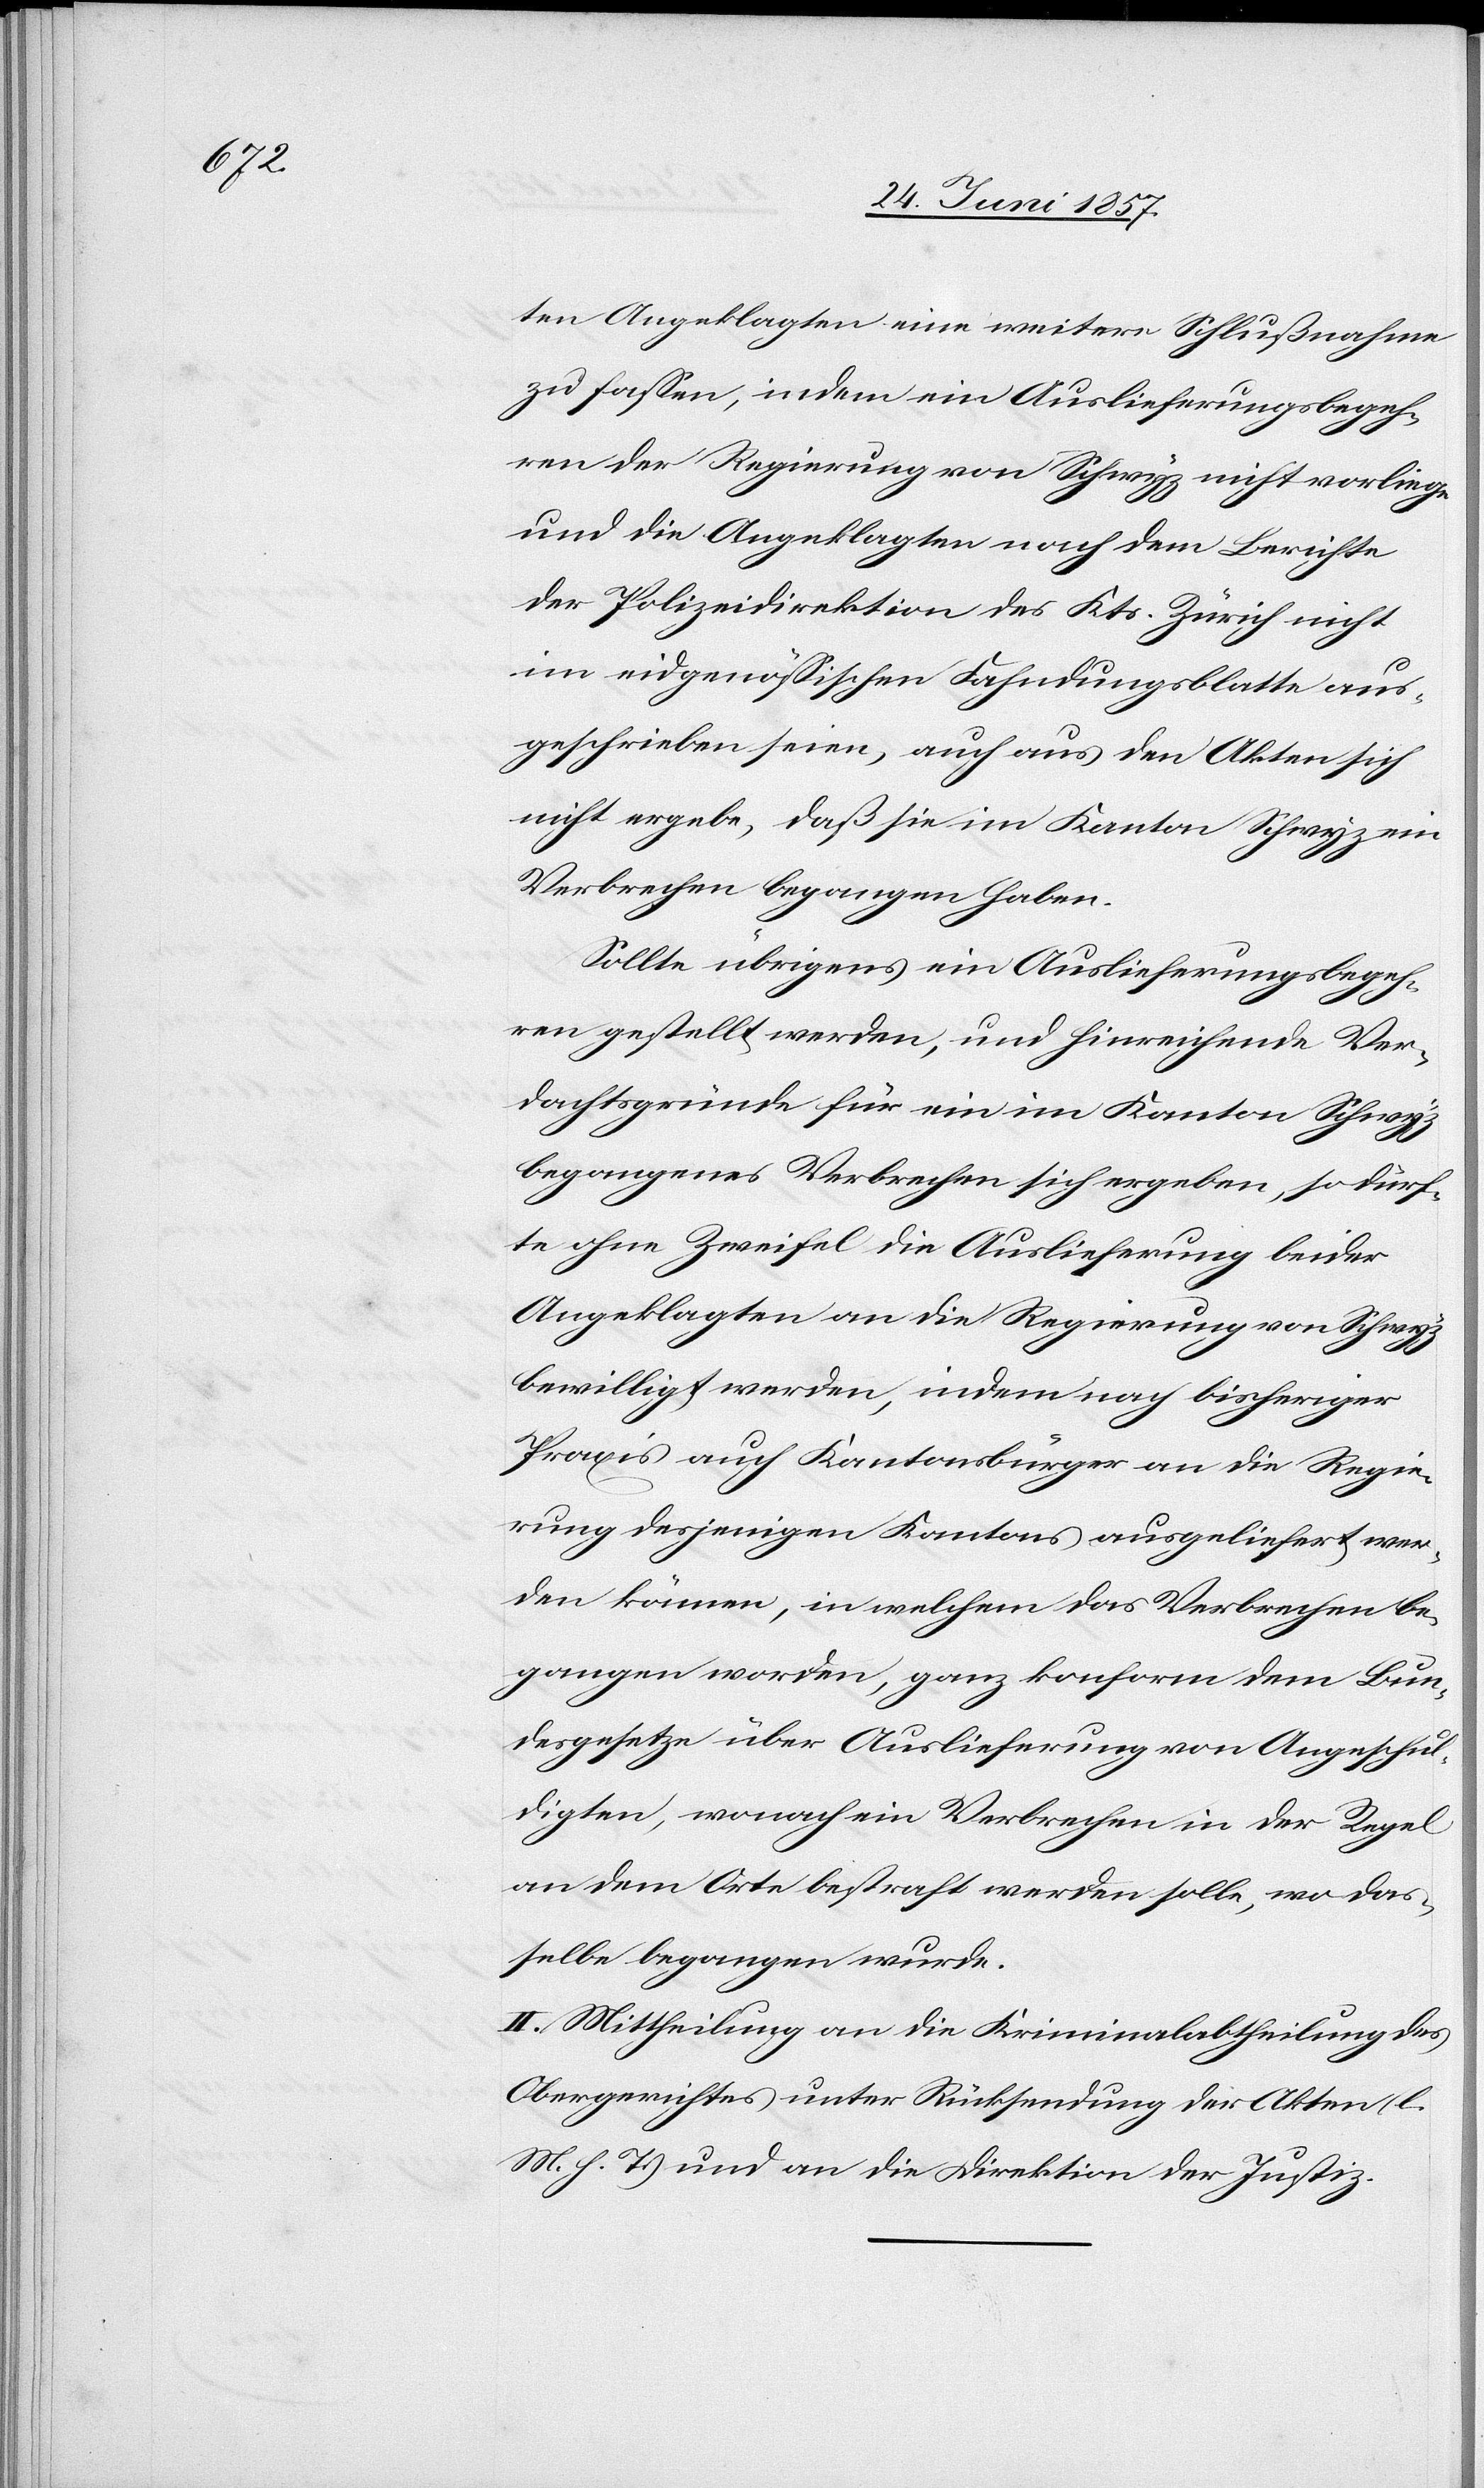
ten Angeklagten eine weitere Schlußnahme
zu fassen, indem ein Auslieferungsbegeh¬
ren der Regierung von Schwyz nicht vorliege
und die Angeklagten nach dem Berichte
der Polizeidirektion des Kts. Zürich nicht
im eidgenössischen Fahndungsblatte aus¬
geschrieben seien, auch aus den Akten sich
nicht ergebe, daß sie im Kanton Schwyz ein
Verbrechen begangen haben.
Sollte übrigens ein Auslieferungsbegeh¬
ren gestellt werden, und hinreichende Ver¬
dachtsgründe für ein im Kanton Schwyz
begangenes Verbrechen sich ergeben, so dürf¬
te ohne Zweifel die Auslieferung beider
Angeklagten an die Regierung von Schwyz
bewilligt werden, indem nach bisheriger
Praxis auch Kantonsbürger an die Regie¬
rung desjenigen Kantons ausgeliefert wer¬
den können, in welchem die Verbrechen be¬
gangen worden, ganz konform dem Bun¬
desgesetze über Auslieferung von Angeschul¬
digten, wonach ein Verbrechen in der Regel
an dem Orte bestraft werden solle, wo das¬
selbe begangen wurde.
II. Mittheilung an die Kriminalabtheilung des
Obergerichtes unter Rücksendung der Akten [l.
M. h. T] und an die Direktion der Justiz.